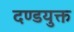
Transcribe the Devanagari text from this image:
दण्डयुक्त